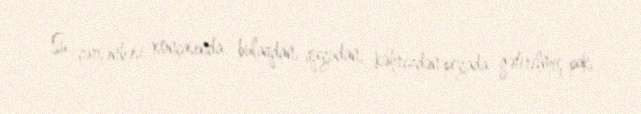
Su çərşənbəsi xonçasında bulaqdan, quyudan, kəhrizdən piyada gətirilmiş pak,